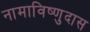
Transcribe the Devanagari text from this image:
नामाविष्णुदास